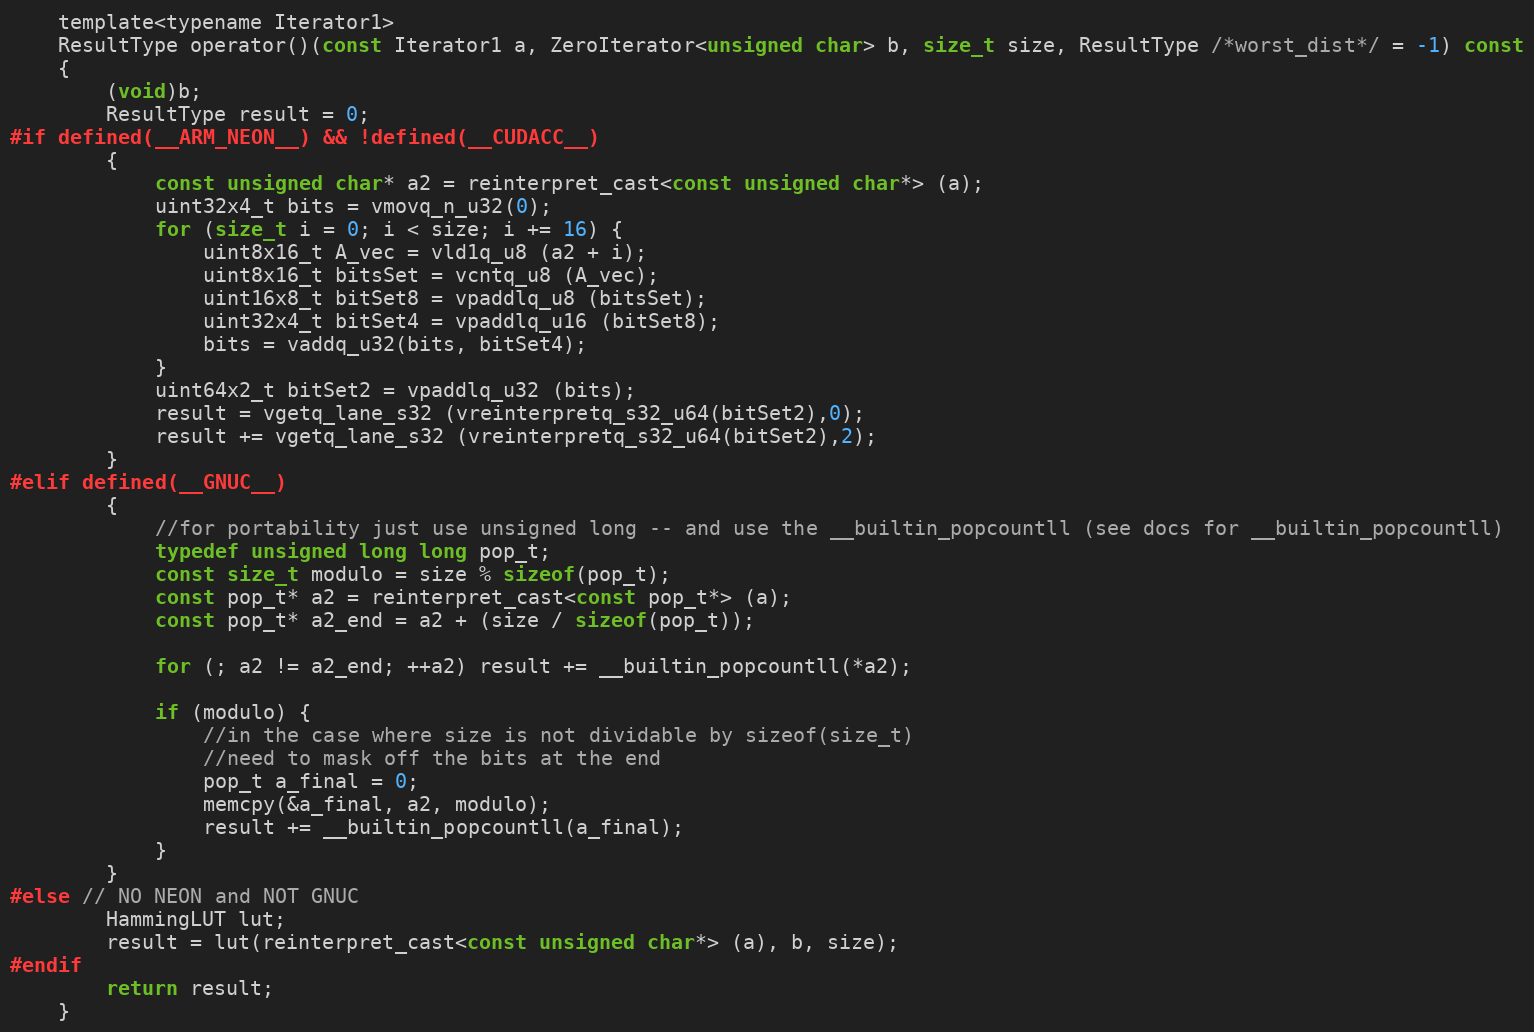
Language: C
    template<typename Iterator1>
    ResultType operator()(const Iterator1 a, ZeroIterator<unsigned char> b, size_t size, ResultType /*worst_dist*/ = -1) const
    {
        (void)b;
        ResultType result = 0;
#if defined(__ARM_NEON__) && !defined(__CUDACC__)
        {
            const unsigned char* a2 = reinterpret_cast<const unsigned char*> (a);
            uint32x4_t bits = vmovq_n_u32(0);
            for (size_t i = 0; i < size; i += 16) {
                uint8x16_t A_vec = vld1q_u8 (a2 + i);
                uint8x16_t bitsSet = vcntq_u8 (A_vec);
                uint16x8_t bitSet8 = vpaddlq_u8 (bitsSet);
                uint32x4_t bitSet4 = vpaddlq_u16 (bitSet8);
                bits = vaddq_u32(bits, bitSet4);
            }
            uint64x2_t bitSet2 = vpaddlq_u32 (bits);
            result = vgetq_lane_s32 (vreinterpretq_s32_u64(bitSet2),0);
            result += vgetq_lane_s32 (vreinterpretq_s32_u64(bitSet2),2);
        }
#elif defined(__GNUC__)
        {
            //for portability just use unsigned long -- and use the __builtin_popcountll (see docs for __builtin_popcountll)
            typedef unsigned long long pop_t;
            const size_t modulo = size % sizeof(pop_t);
            const pop_t* a2 = reinterpret_cast<const pop_t*> (a);
            const pop_t* a2_end = a2 + (size / sizeof(pop_t));

            for (; a2 != a2_end; ++a2) result += __builtin_popcountll(*a2);

            if (modulo) {
                //in the case where size is not dividable by sizeof(size_t)
                //need to mask off the bits at the end
                pop_t a_final = 0;
                memcpy(&a_final, a2, modulo);
                result += __builtin_popcountll(a_final);
            }
        }
#else // NO NEON and NOT GNUC
        HammingLUT lut;
        result = lut(reinterpret_cast<const unsigned char*> (a), b, size);
#endif
        return result;
    }